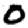
Digit: 0